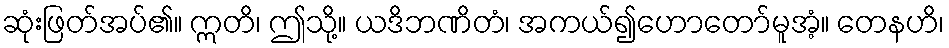
ဆုံးဖြတ်အပ်၏။ ဣတိ၊ ဤသို့။ ယဒိဘဏိတံ၊ အကယ်၍ဟောတော်မူအံ့။ တေနဟိ၊